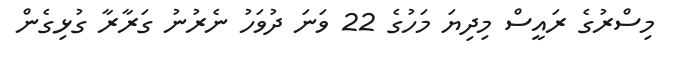
މިސްރުގެ ރައީސް މިދިޔަ މަހުގެ 22 ވަނަ ދުވަހު ނެރުނު ގަރާރާ ގުޅިގެން